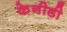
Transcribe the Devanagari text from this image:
केनीडी